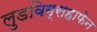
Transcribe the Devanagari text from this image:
लुडविग्सहाफेन